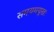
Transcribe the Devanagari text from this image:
समयमयूखः